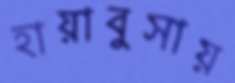
হায়াবুসায়